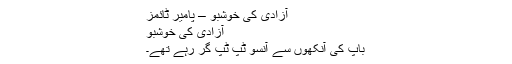
آزادی کی خوشبو – پامیر ٹائمز
آزادی کی خوشبو
باپ کی آنکھوں سے آنسو ٹپ ٹپ گر رہے تھے۔